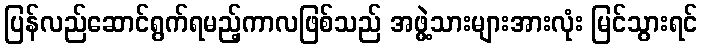
ပြန်လည်ဆောင်ရွက်ရမည့်ကာလဖြစ်သည် အဖွဲ့သားများအားလုံး မြင်သွားရင်